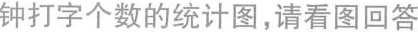
钟打字个数的统计图，请看图回答